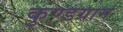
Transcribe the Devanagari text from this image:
कुण्डग्राम